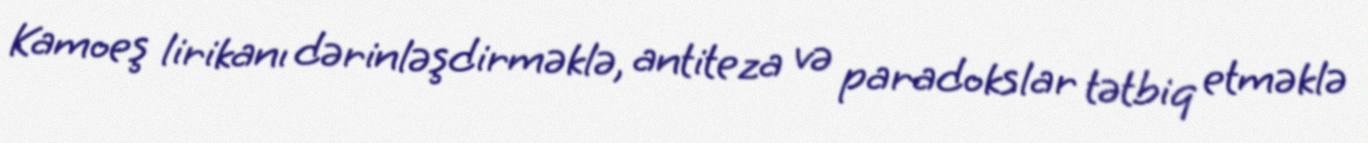
Kamoeş lirikanı dərinləşdirməklə, antiteza və paradokslar tətbiq etməklə